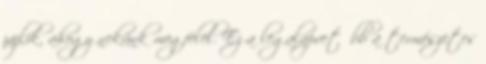
zajlik, ahogy nekünk megfelel. Ez a legalapvetőbb a természetes